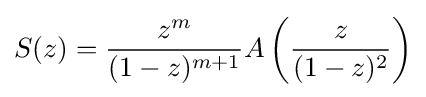
S(z)={\frac {z^{m}}{(1-z)^{m+1}}}A\left({\frac {z}{(1-z)^{2}}}\right)